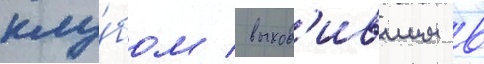
клу́бом / выход'ившим в